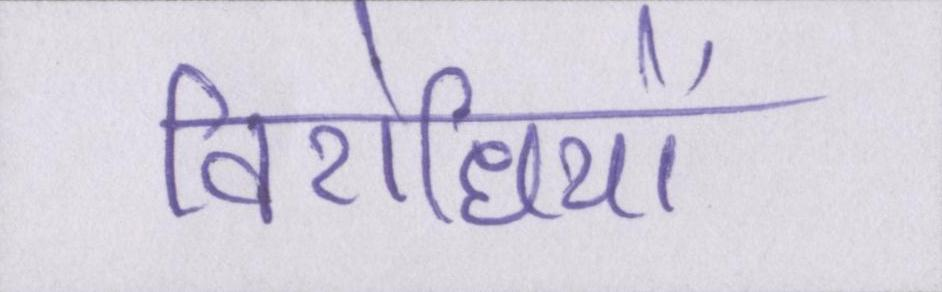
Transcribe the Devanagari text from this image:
विरोधियों